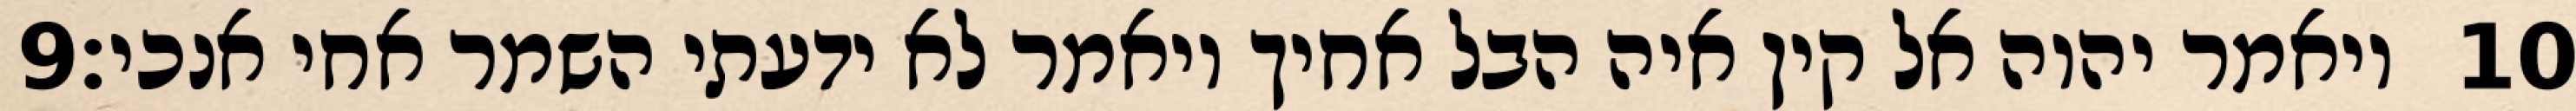
‎9‏ ויאמר יהוה אל קין איה הבל אחיך ויאמר לא ידעתי השמר אחי אנכי׃ ‎10‏